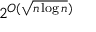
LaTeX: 2 ^ { O ( { \sqrt { n \log n } } ) }